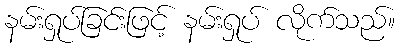
နမ်းရှုပ်ခြင်းဖြင့် နမ်းရှုပ် လိုက်သည်။